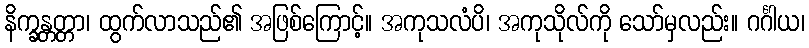
နိက္ခန္တတ္တာ၊ ထွက်လာသည်၏ အဖြစ်ကြောင့်။ အကုသလံပိ၊ အကုသိုလ်ကို သော်မှလည်း။ ဂင်္ဂါယ၊